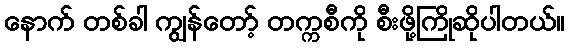
နောက် တစ်ခါ ကျွန်တော့် တက္ကစီကို စီးဖို့ကြိုဆိုပါတယ်။